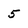
Character: 5